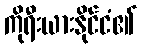
ကိုရီးယားနိုင်ငံ၏